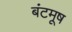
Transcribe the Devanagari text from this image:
बंटमूष